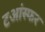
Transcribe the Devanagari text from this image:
टआंस्फर